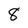
Character: 8